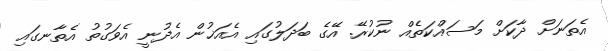
އެތަނަށް ދާކަށް މަސައްކަތެއް ނުކުރޭ. އޭގެ ބަދަލުގައި އެއަޚުން އެދުނީ އެވަގުތު އެތާނގައި